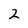
Character: 2